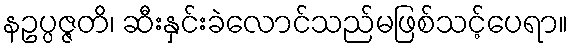
နဥပ္ပဇ္ဇတိ၊ ဆီးနှင်းခဲလောင်သည်မဖြစ်သင့်ပေရာ။